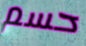
حسم